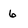
Character: 6